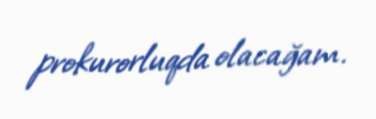
prokurorluqda olacağam.